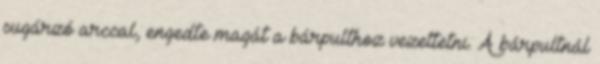
sugárzó arccal, engedte magát a bárpulthoz vezettetni. A bárpultnál